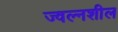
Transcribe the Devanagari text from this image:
ज्वल्नशील